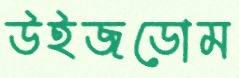
উইজডোম